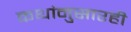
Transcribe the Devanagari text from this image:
कथांनुसारही